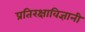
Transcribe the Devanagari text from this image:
प्रतिरक्षाविज्ञानी